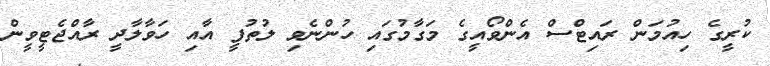
ކުރީގެ ހިއުމަން ރައިޓްސް އެންވޯއީގެ މަގާމުގައި ހުންނެވި ލުތުފީ އާއި ހަވާލާދީ ރާއްޖެޓީވީން